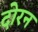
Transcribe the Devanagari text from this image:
दोरन